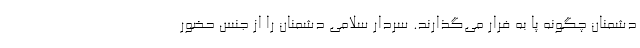
دشمنان چگونه پا به فرار می‌گذارند. سردار سلامی دشمنان را از جنس حضور